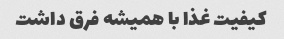
کیفیت غذا با همیشه فرق داشت